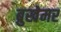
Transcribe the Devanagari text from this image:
ब्रुखेमर